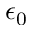
\epsilon _ { 0 }